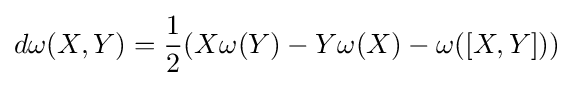
d\omega (X,Y)={\frac {1}{2}}(X\omega (Y)-Y\omega (X)-\omega ([X,Y]))